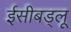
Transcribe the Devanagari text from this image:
ईसीबड्लू